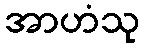
အာဟံသု